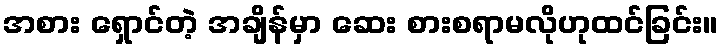
အစား ရှောင်တဲ့ အချိန်မှာ ဆေး စားစရာမလိုဟုထင်ခြင်း။